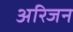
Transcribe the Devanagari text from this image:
अरिजन